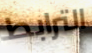
الترابط